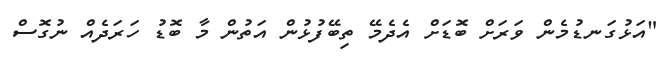
"އަޅުގަނޑުމެން ވަރަށް ބޮޑަށް އެދެމޭ ތިބޭފުޅުން އަތުން މާ ބޮޑު ހަރަދެއް ނުގޮސް